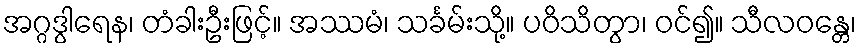
အဂ္ဂဒွါရေန၊ တံခါးဦးဖြင့်။ အဿမံ၊ သင်္ခမ်းသို့။ ပဝိသိတွာ၊ ဝင်၍။ သီလဝန္တေ၊